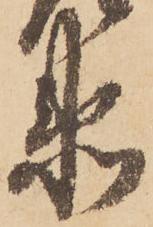
衛